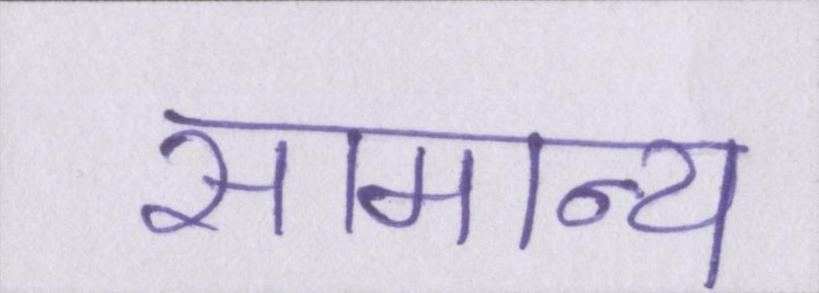
सामान्य